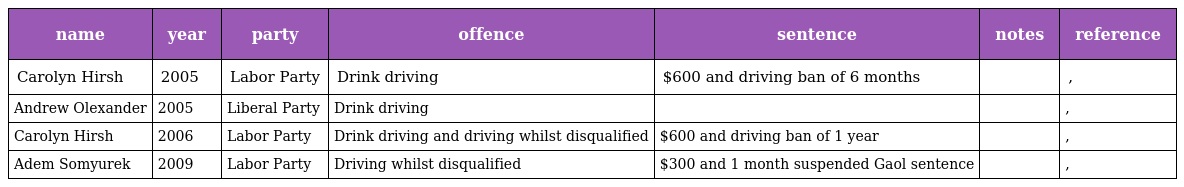
| name | year | party | offence | sentence | notes | reference |
 | --- | --- | --- | --- | --- | --- | --- |
 | Carolyn Hirsh | 2005 | Labor Party | Drink driving | $600 and driving ban of 6 months |  | , |
 | Andrew Olexander | 2005 | Liberal Party | Drink driving |  |  | , |
 | Carolyn Hirsh | 2006 | Labor Party | Drink driving and driving whilst disqualified | $600 and driving ban of 1 year |  | , |
 | Adem Somyurek | 2009 | Labor Party | Driving whilst disqualified | $300 and 1 month suspended Gaol sentence |  | , |